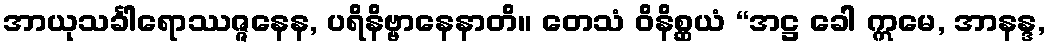
အာယုသင်္ခါရောဿဇ္ဇနေန, ပရိနိဗ္ဗာနေနာတိ။ တေသံ ဝိနိစ္ဆယံ “အဋ္ဌ ခေါ ဣမေ, အာနန္ဒ,